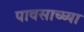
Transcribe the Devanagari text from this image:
पावसाच्घ्या